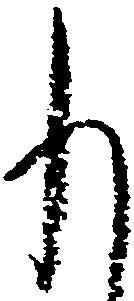
も